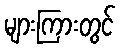
များကြားတွင်